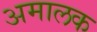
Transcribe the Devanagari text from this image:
अमालक